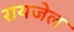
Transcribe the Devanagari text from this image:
रायजेल